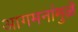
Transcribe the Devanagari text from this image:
आगमनांमुळॆ